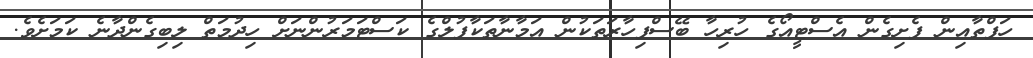
ހަފްތާއިން ފެށިގެން އެސްޓީއޯގެ ހުރިހާ ބޭސްފިހާރަތަކުން އަމާނާތަކާފުލްގެ ކަސްޓަމަރުންނަށް ހިދުމަތް ލިބިގެންދާނެ ކަމަށެވެ.